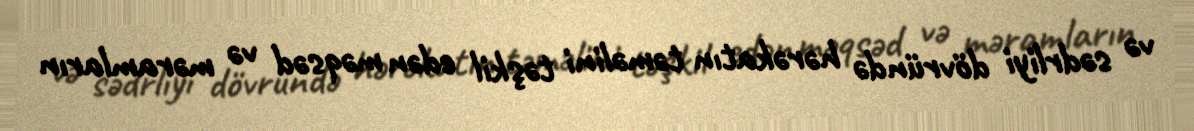
və sədrliyi dövründə hərəkatın təməlini təşkil edən məqsəd və məramların